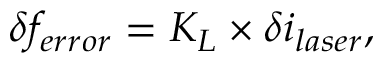
\delta f _ { e r r o r } = K _ { L } \times \delta i _ { l a s e r } ,